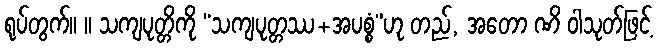
ရုပ်တွက်။ ။ သကျပုတ္တိကို “သကျပုတ္တဿ+အပစ္စံ”ဟု တည်, အတော ဏိ ဝါသုတ်ဖြင့်